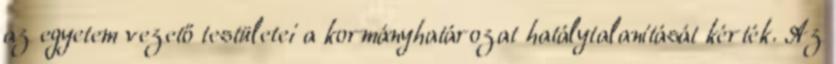
az egyetem vezető testületei a kormányhatározat hatálytalanítását kérték. Az